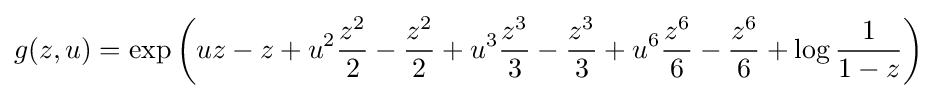
g(z,u)=\exp \left(uz-z+u^{2}{\frac {z^{2}}{2}}-{\frac {z^{2}}{2}}+u^{3}{\frac {z^{3}}{3}}-{\frac {z^{3}}{3}}+u^{6}{\frac {z^{6}}{6}}-{\frac {z^{6}}{6}}+\log {\frac {1}{1-z}}\right)